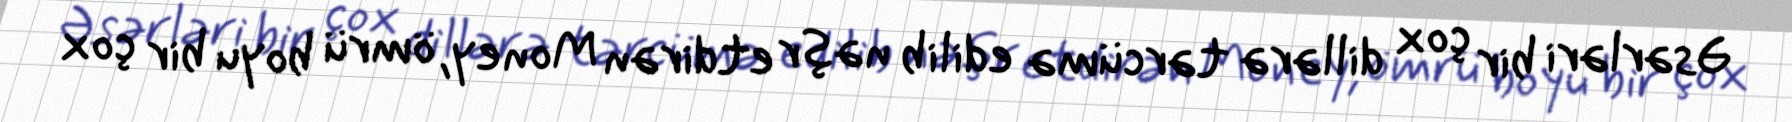
Əsərləri bir çox dillərə tərcümə edilib nəşr etdirən Money, ömrü boyu bir çox